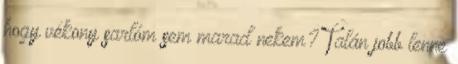
hogy vékony sarlóm sem marad nekem? Talán jobb lenne